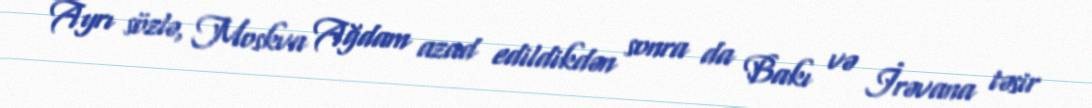
Ayrı sözlə, Moskva Ağdam azad edildikdən sonra da Bakı və İrəvana təsir